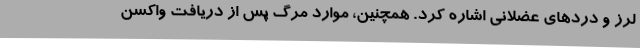
لرز و دردهای عضلانی اشاره کرد. همچنین، موارد مرگ پس از دریافت واکسن